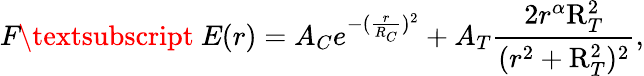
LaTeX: \textit{F}\textsubscript{~\textit{E}}(r)=A_{C}e^{-(\frac{r}{R_{C}})^{2}}+A_{T}\frac{2r^{\alpha}\mathrm{R}_{T}^{2}}{(r^{2}+\mathrm{R}_{T}^{2})^{2}},